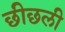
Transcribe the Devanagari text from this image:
छीछली